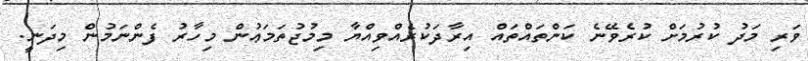
ވަރި މަދު ކުރުމަށް ކުރެވޭނެ ކަންތައްތައް އިރާދަކުރެއްވިއްޔާ މިމުޖުތަމަޢުން މިހާރު ފެންނަމުން މިދަނީ.